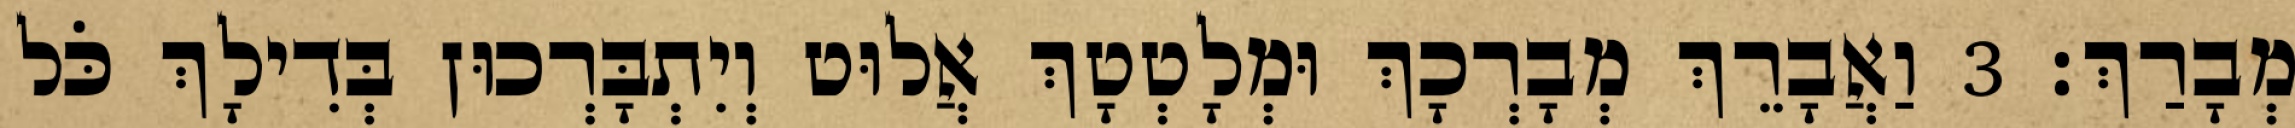
מְבָרַךְ׃ 3 וַאֲבָרֵךְ מְבָרְכָךְ וּמְלָטְטָךְ אֲלוּט וְיִתְבָּרְכוּן בְּדִילָךְ כֹּל